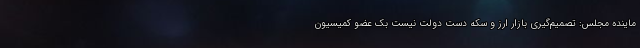
ماینده مجلس: تصمیم‌گیری بازار ارز و سکه دست دولت نیست بک عضو کمیسیون